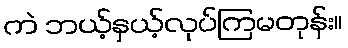
ကဲ ဘယ့်နှယ့်လုပ်ကြမတုန်း။